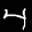
Label: 4